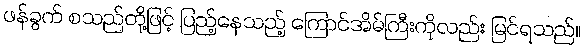
ဖန်ခွက် စသည်တို့ဖြင့် ပြည့်နေသည့် ကြောင်အိမ်ကြီးကိုလည်း မြင်ရသည်။